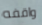
واقفه